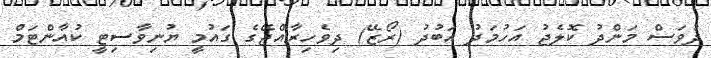
ދުވަސް މަންދު ކޮލެޖު އަހުމަދު އަބުދު (ރޯޒޭ) ދިވެހިރާއްޖޭގެ ގައުމީ ޔުނިވާސިޓީ ކުއާންޓަމް